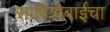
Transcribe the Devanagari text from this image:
सावित्रीबाईचा